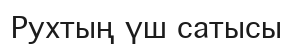
Рухтың үш сатысы